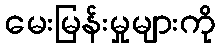
မေးမြန်းမှုများကို